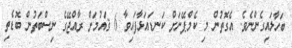
ބަހާލައިގެންނެވެ. އެގޮތުން މި ކެމްޕޭނަށް ކަނޑައަޅާފައިވާ 6 ޤައުމަށް ރާއްޖޭގެ ނިސްބަތުން ބޮޑެތި